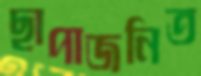
ছাপাজনিত